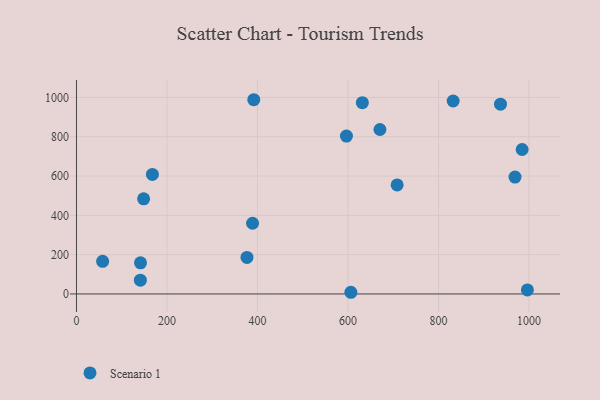
{"axis": {"x": "Study Hours", "y": "Profit"}, "legend": ["Scenario 1"], "data": [{"x": "631.7", "y": 973.3, "type": "Scenario 1"}, {"x": "57.8", "y": 165.8, "type": "Scenario 1"}, {"x": "596.6", "y": 803.2, "type": "Scenario 1"}, {"x": "167.8", "y": 608.5, "type": "Scenario 1"}, {"x": "670.6", "y": 836.9, "type": "Scenario 1"}, {"x": "141.2", "y": 70.1, "type": "Scenario 1"}, {"x": "984.8", "y": 735.2, "type": "Scenario 1"}, {"x": "148.4", "y": 484.2, "type": "Scenario 1"}, {"x": "708.6", "y": 554.6, "type": "Scenario 1"}, {"x": "376.8", "y": 186.1, "type": "Scenario 1"}, {"x": "391.8", "y": 988.4, "type": "Scenario 1"}, {"x": "141.5", "y": 158.6, "type": "Scenario 1"}, {"x": "996.4", "y": 20.3, "type": "Scenario 1"}, {"x": "606.4", "y": 8.5, "type": "Scenario 1"}, {"x": "937.0", "y": 965.9, "type": "Scenario 1"}, {"x": "389.1", "y": 359.7, "type": "Scenario 1"}, {"x": "969.1", "y": 594.9, "type": "Scenario 1"}, {"x": "832.4", "y": 981.8, "type": "Scenario 1"}]}